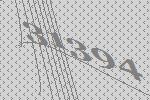
31394